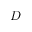
D